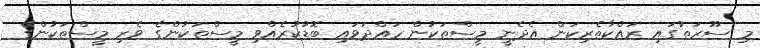
މި ސޫރަތުގައި ރައްކާތެރިކަން އެދެނީ މީސްތަކުން ހައްދަވައި ބޮޑުކުރެއްވި މީސްތަކުންގެ ވެރި މީސްތަކުންގެ